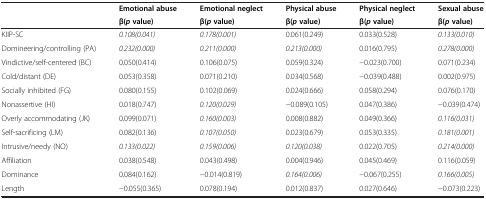
<table><thead><tr><td rowspan="2"><b> </b></td><td><b>Emotional abuse</b></td><td><b>Emotional neglect</b></td><td><b>Physical abuse</b></td><td><b>Physical neglect</b></td><td><b>Sexual abuse</b></td></tr><tr><td><b>β(<i>p</i>value)</b></td><td><b>β(<i>p</i>value)</b></td><td><b>β(<i>p</i>value)</b></td><td><b>β(<i>p</i>value)</b></td><td><b>β(<i>p</i>value)</b></td></tr></thead><tbody><tr><td>KIIP-SC</td><td><i>0.108(0.041)</i></td><td><i>0.178(0.001)</i></td><td>0.061(0.249)</td><td>0.033(0.528)</td><td><i>0.133(0.010)</i></td></tr><tr><td>Domineering/controlling (PA)</td><td><i>0.232(0.000)</i></td><td><i>0.211(0.000)</i></td><td><i>0.213(0.000)</i></td><td>0.016(0.795)</td><td><i>0.278(0.000)</i></td></tr><tr><td>Vindictive/self-centered (BC)</td><td>0.050(0.414)</td><td>0.106(0.075)</td><td>0.059(0.324)</td><td>−0.023(0.700)</td><td>0.071(0.234)</td></tr><tr><td>Cold/distant (DE)</td><td>0.053(0.358)</td><td>0.071(0.210)</td><td>0.034(0.568)</td><td>−0.039(0.488)</td><td>0.002(0.975)</td></tr><tr><td>Socially inhibited (FG)</td><td>0.080(0.155)</td><td>0.102(0.069)</td><td>0.024(0.666)</td><td>0.058(0.294)</td><td>0.076(0.170)</td></tr><tr><td>Nonassertive (HI)</td><td>0.018(0.747)</td><td><i>0.120(0.029)</i></td><td>−0.089(0.105)</td><td>0.047(0.386)</td><td>−0.039(0.474)</td></tr><tr><td>Overly accommodating (JK)</td><td>0.099(0.071)</td><td><i>0.160(0.003)</i></td><td>0.008(0.882)</td><td>0.049(0.366)</td><td><i>0.116(0.031)</i></td></tr><tr><td>Self-sacrificing (LM)</td><td>0.082(0.136)</td><td><i>0.107(0.050)</i></td><td>0.023(0.679)</td><td>0.053(0.335)</td><td><i>0.181(0.001)</i></td></tr><tr><td>Intrusive/needy (NO)</td><td><i>0.133(0.022)</i></td><td><i>0.159(0.006)</i></td><td><i>0.120(0.038)</i></td><td>0.022(0.705)</td><td><i>0.214(0.000)</i></td></tr><tr><td>Affiliation</td><td>0.038(0.548)</td><td>0.043(0.498)</td><td>0.004(0.946)</td><td>0.045(0.469)</td><td>0.116(0.059)</td></tr><tr><td>Dominance</td><td>0.084(0.162)</td><td>−0.014(0.819)</td><td><i>0.164(0.006)</i></td><td>−0.067(0.255)</td><td><i>0.166(0.005)</i></td></tr><tr><td>Length</td><td>−0.055(0.365)</td><td>0.078(0.194)</td><td>0.012(0.837)</td><td>0.027(0.646)</td><td>−0.073(0.223)</td></tr></tbody></table>